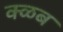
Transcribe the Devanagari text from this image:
क्ळब